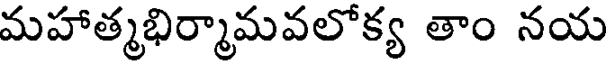
మహాత్మభిర్మామవలోక్య తాం నయ